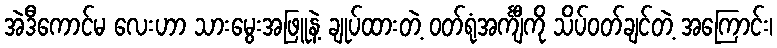
အဲဒီကောင်မ လေးဟာ သားမွေးအဖြူနဲ့ ချုပ်ထားတဲ့ ဝတ်ရုံအင်္ကျီကို သိပ်ဝတ်ချင်တဲ့ အကြောင်း၊